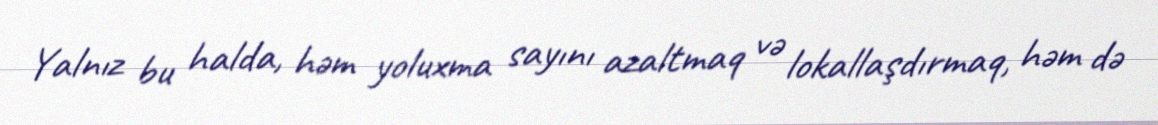
Yalnız bu halda, həm yoluxma sayını azaltmaq və lokallaşdırmaq, həm də